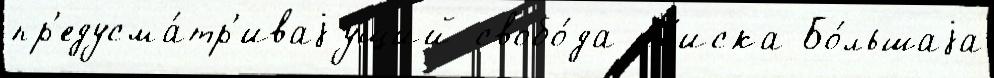
пр'едусма́тр'иваjущий свобо́да по́иска Бо́льшаjа